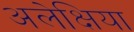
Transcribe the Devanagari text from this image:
अलेक्षिया